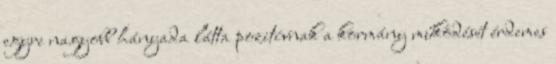
egyre nagyobb hányada látta pozitívnak a kormány működését érdemes